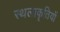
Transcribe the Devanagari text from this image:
स्थलाकॄतियों